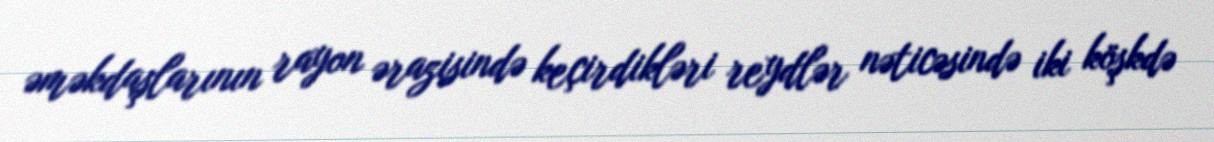
əməkdaşlarının rayon ərazisində keçirdikləri reydlər nəticəsində iki köşkdə